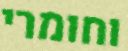
וחומרי